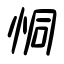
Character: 恫